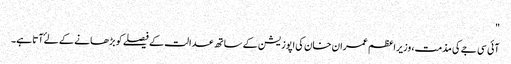
"
آئی سی جے کی مذمت، وزیراعظم عمران خان کی اپوزیشن کے ساتھ عدالت کے فیصلے کو بڑھانے کے لۓ آتا ہے۔